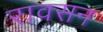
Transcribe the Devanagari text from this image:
रावसन